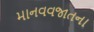
માનવવજાતના